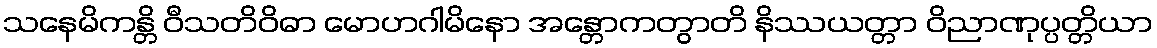
သနေမိကန္တိ ဝီသတိဝိဓာ မောဟဂါမိနော အန္တောကတွာတိ နိဿယတ္တာ ဝိညာဏုပ္ပတ္တိယာ